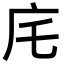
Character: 㡯